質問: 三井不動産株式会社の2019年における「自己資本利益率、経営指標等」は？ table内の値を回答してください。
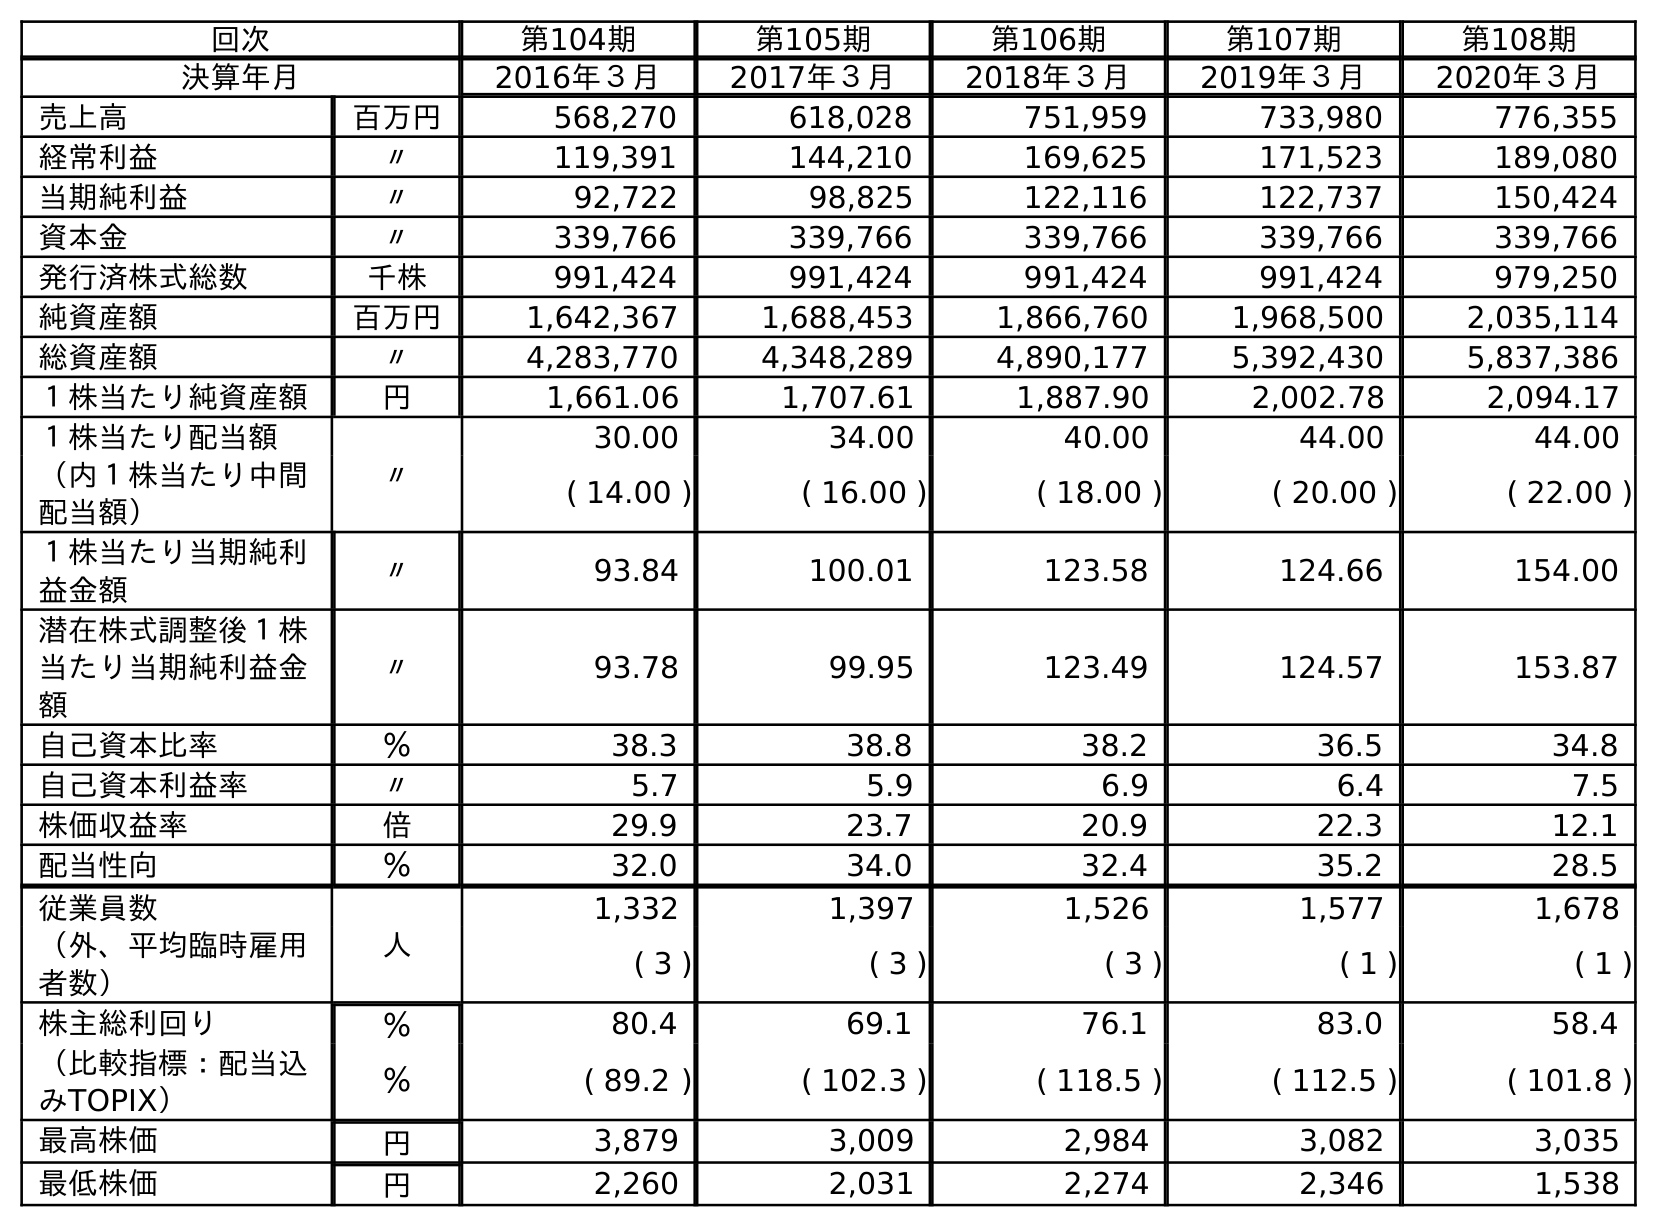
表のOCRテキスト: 回次 第104期 第105期 第106期 第107期 第108期 決算年月 2016年３月 2017年３月 2018年３月 2019年３月 2020年３月 売上高 百万円 568,270 618,028 751,959 733,980 776,355 経常利益 〃 119,391 144,210 169,625 171,523 189,080 当期純利益 〃 92,722 98,825 122,116 122,737 150,424 資本金 〃 339,766 339,766 339,766 339,766 339,766 発行済株式総数 千株 991,424 991,424 991,424 991,424 979,250 純資産額 百万円 1,642,367 1,688,453 1,866,760 1,968,500 2,035,114 総資産額 〃 4,283,770 4,348,289 4,890,177 5,392,430 5,837,386 １株当たり純資産額 円 1,661.06 1,707.61 1,887.90 2,002.78 2,094.17 １株当たり配当額 〃 30.00 34.00 40.00 44.00 44.00 （内１株当たり中間 配当額） ( 14.00 ) ( 16.00 ) ( 18.00 ) ( 20.00 ) ( 22.00 ) １株当たり当期純利 益金額 〃 93.84 100.01 123.58 124.66 154.00 潜在株式調整後１株 当たり当期純利益金 額 〃 93.78 99.95 123.49 124.57 153.87 自己資本比率 ％ 38.3 38.8 38.2 36.5 34.8 自己資本利益率 〃 5.7 5.9 6.9 6.4 7.5 株価収益率 倍 29.9 23.7 20.9 22.3 12.1 配当性向 ％ 32.0 34.0 32.4 35.2 28.5 従業員数 人 1,332 1,397 1,526 1,577 1,678 （外、平均臨時雇用 者数） ( 3 ) ( 3 ) ( 3 ) ( 1 ) ( 1 ) 株主総利回り ％ 80.4 69.1 76.1 83.0 58.4 （比較指標：配当込 みTOPIX） ％ ( 89.2 ) ( 102.3 ) ( 118.5 ) ( 112.5 ) ( 101.8 ) 最高株価 円 3,879 3,009 2,984 3,082 3,035 最低株価 円 2,260 2,031 2,274 2,346 1,538
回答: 6.4